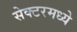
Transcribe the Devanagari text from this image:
सेक्टरमध्ये